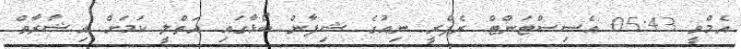
އެމްވީ 05:43 އެސިސްޓަންޓް ރެފްރީ ނިއުގެ ޝިފާން ބޯޅާގައި އަތްލީ ކަމަށް އިޝާރާތް